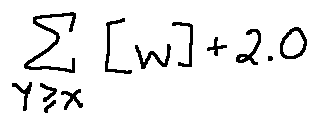
\sum \limits _ { Y \geq x } [ w ] + 2 . 0